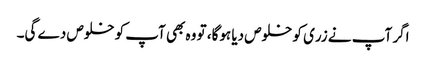
اگر آپ نے زری کو خلوص دیا ہوگا، تو وہ بھی آپ کو خلوص دے گی۔